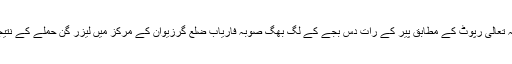
مزید تفصیل بعد میں ان شاء اللہ تعالی رپوٹ کے مطابق پیر کے رات دس بجے کے لگ بھگ صوبہ فاریاب ضلع گرزیوان کے مرکز میں لیزر گن حملے کے نتیجے میں ایک جنگجو ہلاک ہوا۔